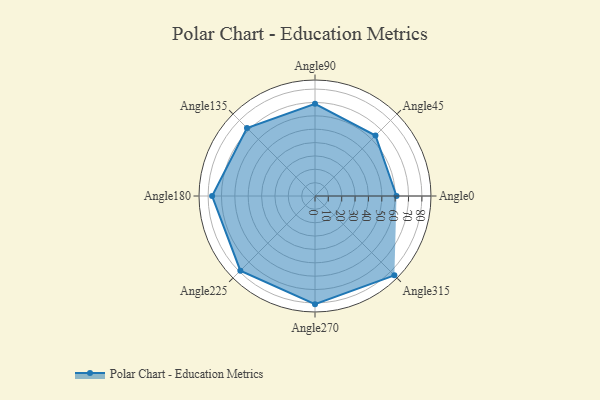
{"axis": {"x": "Angle", "y": "Radius"}, "legend": [""], "data": [{"x": "Angle0", "y": 61.0, "type": ""}, {"x": "Angle45", "y": 64.0, "type": ""}, {"x": "Angle90", "y": 69.0, "type": ""}, {"x": "Angle135", "y": 72.0, "type": ""}, {"x": "Angle180", "y": 77.0, "type": ""}, {"x": "Angle225", "y": 79.0, "type": ""}, {"x": "Angle270", "y": 81.0, "type": ""}, {"x": "Angle315", "y": 84.0, "type": ""}]}